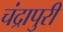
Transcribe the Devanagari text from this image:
चंद्रापुरी